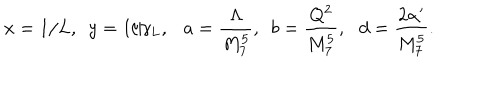
x = 1 / L , \, \, \, y = 1 / \gamma _ { L } , \, \, \, \ a = \frac { \Lambda } { M _ { 7 } ^ { 5 } } , \, \, \, b = \frac { Q ^ { 2 } } { M _ { 7 } ^ { 5 } } , \, \, \, \, d = \frac { 2 \alpha ^ { \prime } } { M _ { 7 } ^ { 5 } } .